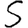
Digit: 5